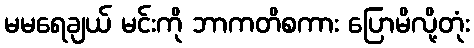
မမရေချယ် မင်းကို ဘာကတိစကား ပြောမိလို့တုံး